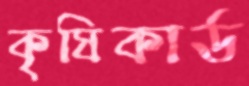
কৃষিকার্ড